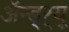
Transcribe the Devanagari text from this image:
अॅन्ड्‌र्‍यू